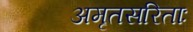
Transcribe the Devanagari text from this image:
अमृतसरिताः